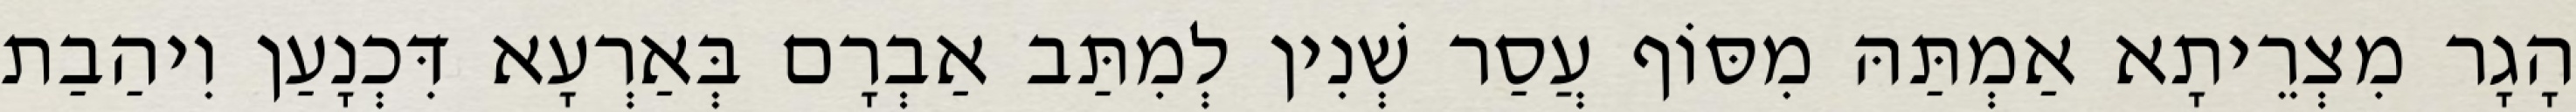
הָגָר מִצְרֵיתָא אַמְתַּהּ מִסּוֹף עֲסַר שְׁנִין לְמִתַּב אַבְרָם בְּאַרְעָא דִּכְנָעַן וִיהַבַת